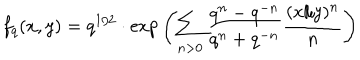
f _ { q } ( x , y ) = q ^ { 1 / 2 } \cdot \mathrm { e x p } \left( \sum _ { n > 0 } \frac { q ^ { n } - q ^ { - n } } { q ^ { n } + q ^ { - n } } \frac { ( x / y ) ^ { n } } { n } \right)